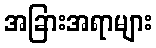
အခြားအရာများ